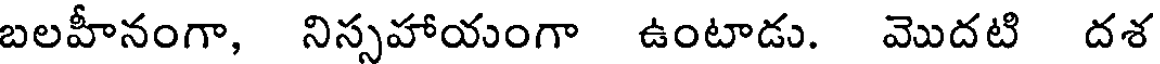
బలహీనంగా, నిస్సహాయంగా ఉంటాడు. మొదటి దశ